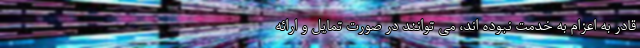
قادر به اعزام به خدمت نبوده اند، می توانند در صورت تمایل و ارائه